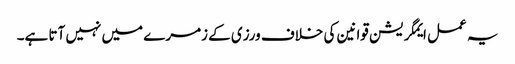
یہ عمل ایمگریشن قوانین کی خلاف ورزی کے زمرے میں نہیں آتا ہے۔